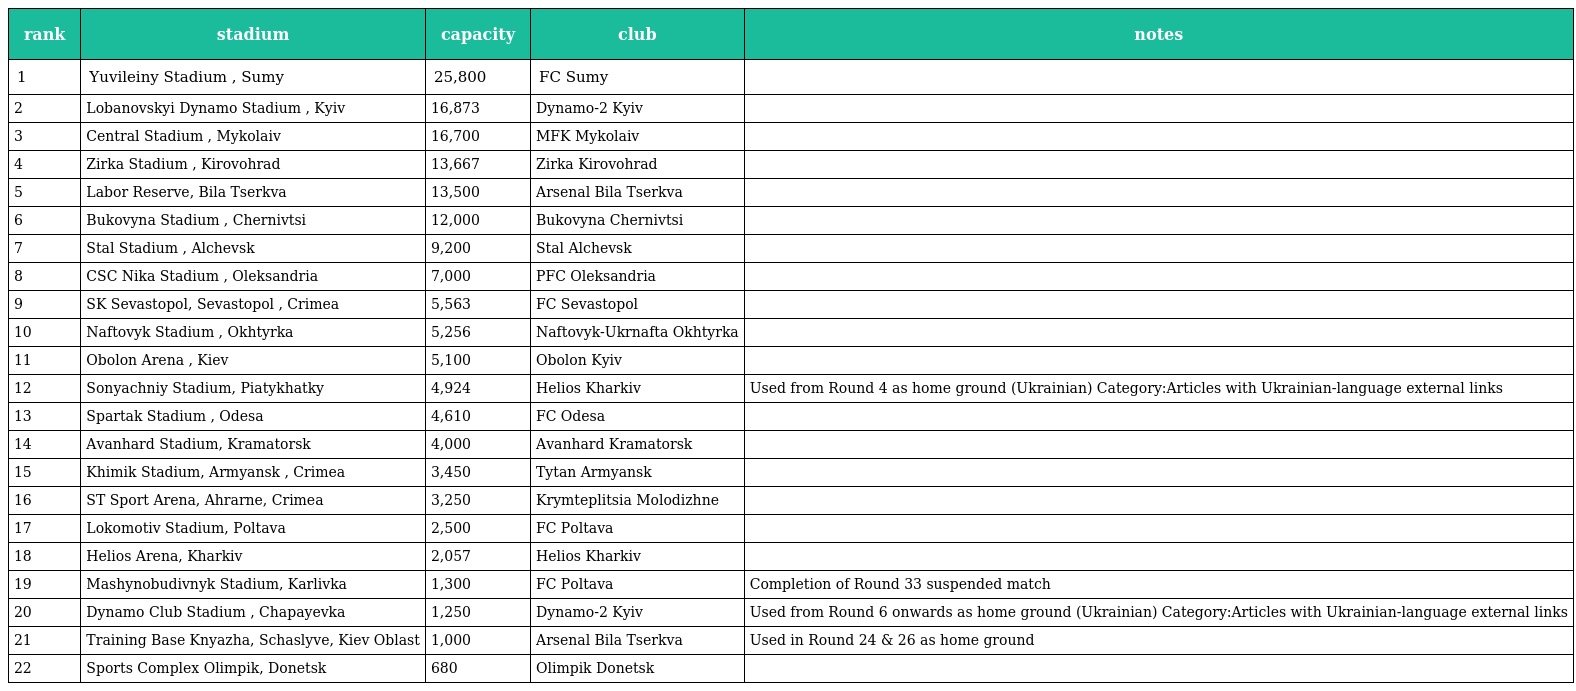
| rank | stadium | capacity | club | notes |
 | --- | --- | --- | --- | --- |
 | 1 | Yuvileiny Stadium , Sumy | 25,800 | FC Sumy |  |
 | 2 | Lobanovskyi Dynamo Stadium , Kyiv | 16,873 | Dynamo-2 Kyiv |  |
 | 3 | Central Stadium , Mykolaiv | 16,700 | MFK Mykolaiv |  |
 | 4 | Zirka Stadium , Kirovohrad | 13,667 | Zirka Kirovohrad |  |
 | 5 | Labor Reserve, Bila Tserkva | 13,500 | Arsenal Bila Tserkva |  |
 | 6 | Bukovyna Stadium , Chernivtsi | 12,000 | Bukovyna Chernivtsi |  |
 | 7 | Stal Stadium , Alchevsk | 9,200 | Stal Alchevsk |  |
 | 8 | CSC Nika Stadium , Oleksandria | 7,000 | PFC Oleksandria |  |
 | 9 | SK Sevastopol, Sevastopol , Crimea | 5,563 | FC Sevastopol |  |
 | 10 | Naftovyk Stadium , Okhtyrka | 5,256 | Naftovyk-Ukrnafta Okhtyrka |  |
 | 11 | Obolon Arena , Kiev | 5,100 | Obolon Kyiv |  |
 | 12 | Sonyachniy Stadium, Piatykhatky | 4,924 | Helios Kharkiv | Used from Round 4 as home ground (Ukrainian) Category:Articles with Ukrainian-language external links |
 | 13 | Spartak Stadium , Odesa | 4,610 | FC Odesa |  |
 | 14 | Avanhard Stadium, Kramatorsk | 4,000 | Avanhard Kramatorsk |  |
 | 15 | Khimik Stadium, Armyansk , Crimea | 3,450 | Tytan Armyansk |  |
 | 16 | ST Sport Arena, Ahrarne, Crimea | 3,250 | Krymteplitsia Molodizhne |  |
 | 17 | Lokomotiv Stadium, Poltava | 2,500 | FC Poltava |  |
 | 18 | Helios Arena, Kharkiv | 2,057 | Helios Kharkiv |  |
 | 19 | Mashynobudivnyk Stadium, Karlivka | 1,300 | FC Poltava | Completion of Round 33 suspended match |
 | 20 | Dynamo Club Stadium , Chapayevka | 1,250 | Dynamo-2 Kyiv | Used from Round 6 onwards as home ground (Ukrainian) Category:Articles with Ukrainian-language external links |
 | 21 | Training Base Knyazha, Schaslyve, Kiev Oblast | 1,000 | Arsenal Bila Tserkva | Used in Round 24 & 26 as home ground |
 | 22 | Sports Complex Olimpik, Donetsk | 680 | Olimpik Donetsk |  |